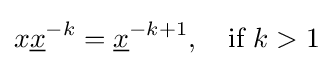
x{\underline {x}}^{-k}={\underline {x}}^{-k+1},\quad {\text{if }}k>1